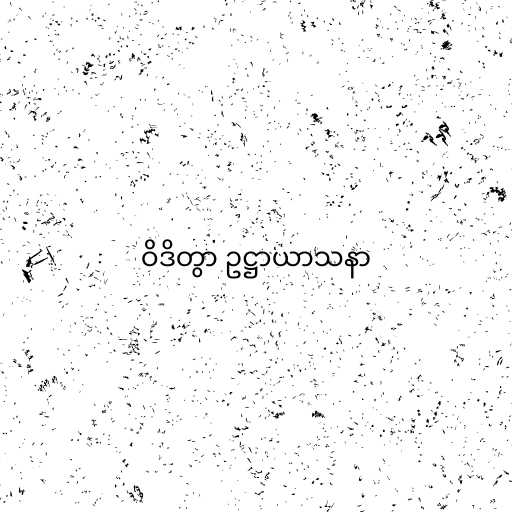
ဝိဒိတွာ ဥဋ္ဌာယာသနာ